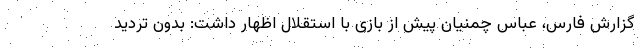
گزارش فارس، عباس چمنیان پیش از بازی با استقلال اظهار داشت: بدون تردید